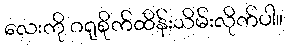
လေးကို ဂရုစိုက်ထိန်းသိမ်းလိုက်ပါ။